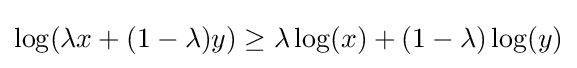
{\textstyle \log(\lambda x+(1-\lambda )y)\geq \lambda \log(x)+(1-\lambda )\log(y)}